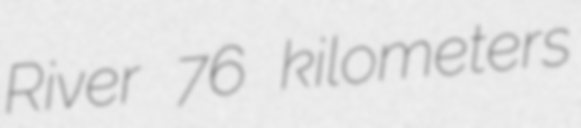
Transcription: River 76 kilometers